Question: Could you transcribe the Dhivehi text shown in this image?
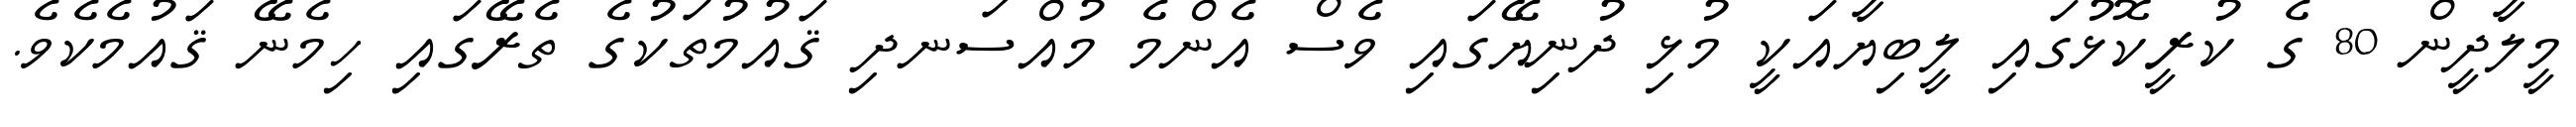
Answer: މީލާދީން 80 ގެ ކުރީކޮޅުގައި ލީބިޔާއަކީ މުޅި ދުނިޔޭގައި ވެސް އެންމެ މުއްސަނދި ޤައުމުތަކުގެ ތެރޭގައި ހިމެނޭ ޤައުމެކެވެ.